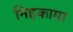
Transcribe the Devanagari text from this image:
निहकामा